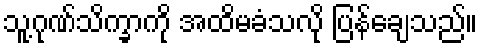
သူ့ဂုဏ်သိက္ခာကို အထိမခံသလို ပြန်ချေသည်။